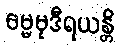
ဓမ္မမုဒီရယန္တိ